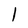
Character: 1